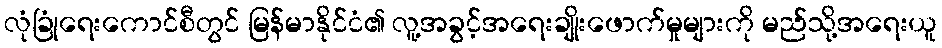
လုံခြုံရေးကောင်စီတွင် မြန်မာနိုင်ငံ၏ လူ့အခွင့်အရေးချိုးဖောက်မှုများကို မည်သို့အရေးယူ